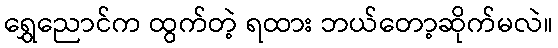
ရွှေညောင်က ထွက်တဲ့ ရထား ဘယ်တော့ဆိုက်မလဲ။